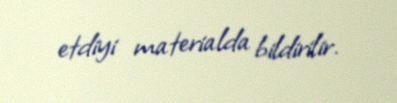
etdiyi materialda bildirilir.